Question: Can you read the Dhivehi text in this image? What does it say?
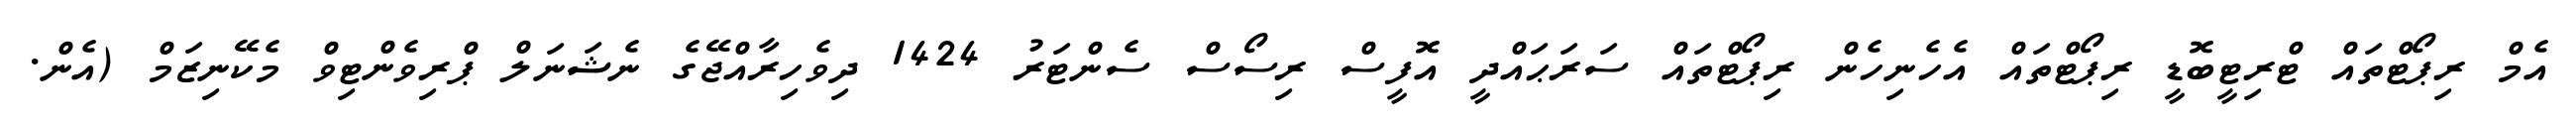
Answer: އެމް ރިޕޯޓްތައް ޓްރިޓީބޮޑީ ރިޕޯޓްތައް އެހެނިހެން ރިޕޯޓްތައް ސަރަޙައްދީ އޮފީސް ރިސޯސް ސެންޓަރު 1424 ދިވެހިރާއްޖޭގެ ނެޝަނަލް ޕްރިވެންޓިވް މެކޭނިޒަމް (އެން.